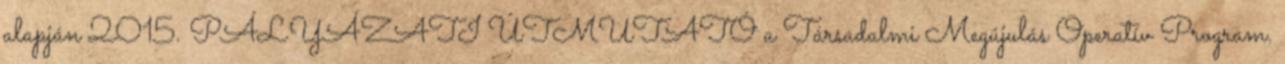
alapján 2015. PÁLYÁZATI ÚTMUTATÓ a Társadalmi Megújulás Operatív Program.